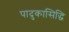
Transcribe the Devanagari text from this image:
पादुकासिद्धि